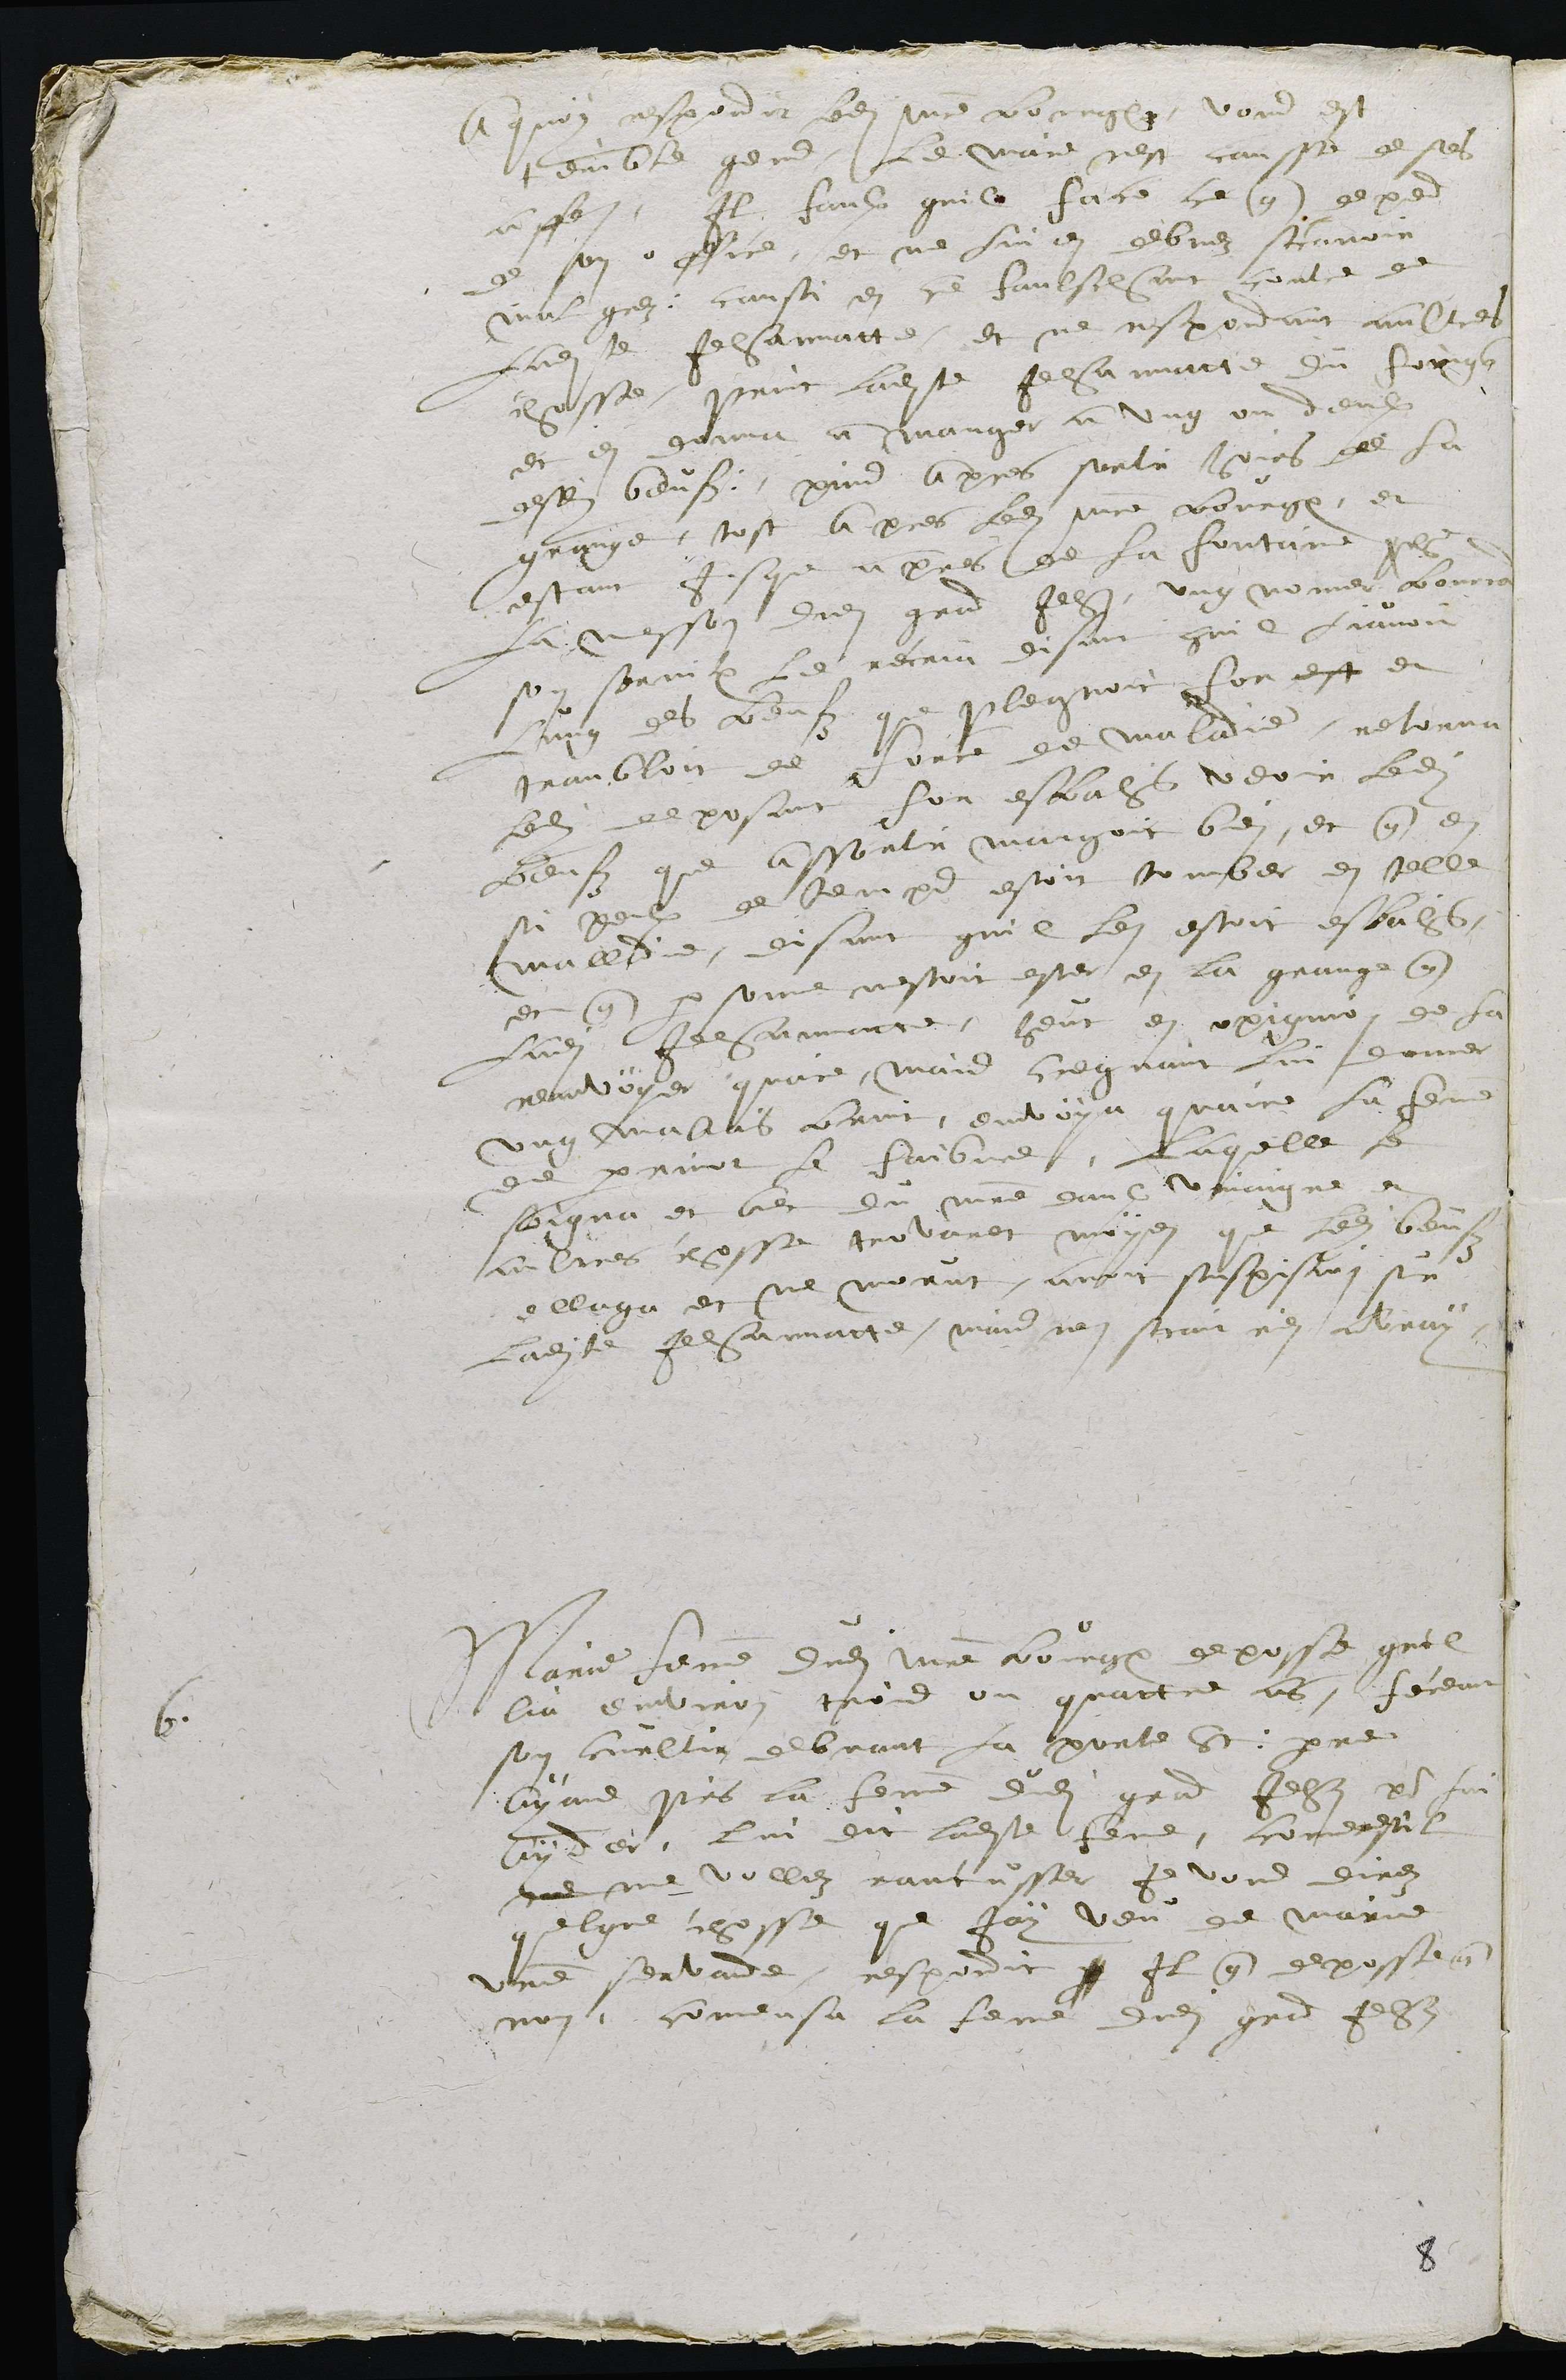
A quoy respondit ledit maistre bourgeois, vous est
 terible gens. Le maire nest causse de ses
affaires. Il faulx quil face ce qui depend
de son office, et ne lui en debvez avoir
mauvais grez. Caussi en se faulschant contre de
ladite Jehannatte, et ne respondant aultres
chosse, print ladite Jehannatte du foings
et en donna a manger a ung ou deulx
desdits beufz, puis apres sorti hoirs de la
grange, tost apres ledit maistre bourgeois, et
estant jusque apres de la fontaine proche
la messon dudit grand Jehan, ung nommer Lourrand
son serviteur le recria disant quil li avoit
lung des beufz que plegnoit for et
tranbloit de force de maladie; retorna
ledit deposant for esbahis veoir ledit
beufz que assortir mangoit bien, et que en
si peulx de temps estoit tomber en telle
malladie, disant quil len estoit esbahis,
et que personne nestoit en la grange que
ladite Jehannatte. Heut en opignion de la
reanvoyer quaire, mais cregnant lui donner
ung malvais bruit, envoya quaire la femme
de perrinot le faibvre, laquelle le
soigna et avec du maistre eaulx vinaigre et
aultres chosse, trovarent moyen que ledit beufz
ellaga et ne morut. avoit suspission sur
ladite Jehannatte, mais nen scait rien a vrai.
6.
Marie femme dudit maistre bourgeois deposse quil
lia environ trois au quattre ans, féceant
son curetir debvant la porte St : pierre
ayant pris la femme dudit grand Jehan pour lui
ayder, lui dit ladite femme, commen estil
me me volliez rancusser, je vous direz
quelque chosse que j'ay veu de Marie
votre servande. respondit I Il que deposse que
non. Comensa la feme dudit grand Jehan